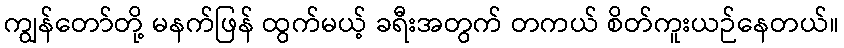
ကျွန်တော်တို့ မနက်ဖြန် ထွက်မယ့် ခရီးအတွက် တကယ် စိတ်ကူးယဉ်နေတယ်။